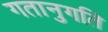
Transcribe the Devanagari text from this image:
गतानुगति